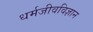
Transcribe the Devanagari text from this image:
धर्मजीवविज्ञान